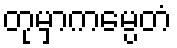
တုမှာကမ္ပေတံ